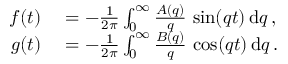
\begin{array} { r l } { f ( t ) } & { { } = - \frac { 1 } { 2 \pi } \int _ { 0 } ^ { \infty } \frac { A ( q ) } { q } \, \sin ( q t ) \, \mathrm { d } q \, , } \\ { g ( t ) } & { { } = - \frac { 1 } { 2 \pi } \int _ { 0 } ^ { \infty } \frac { B ( q ) } { q } \, \cos ( q t ) \, \mathrm { d } q \, . } \end{array}